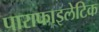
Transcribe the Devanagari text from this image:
पाराफाइलेटिक